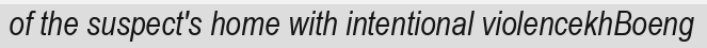
of the suspect's home with intentional violencekhBoeng